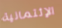
الإئتمانية